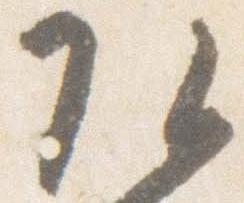
頭